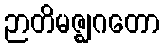
ဉာတိမဇ္ဈဂတော